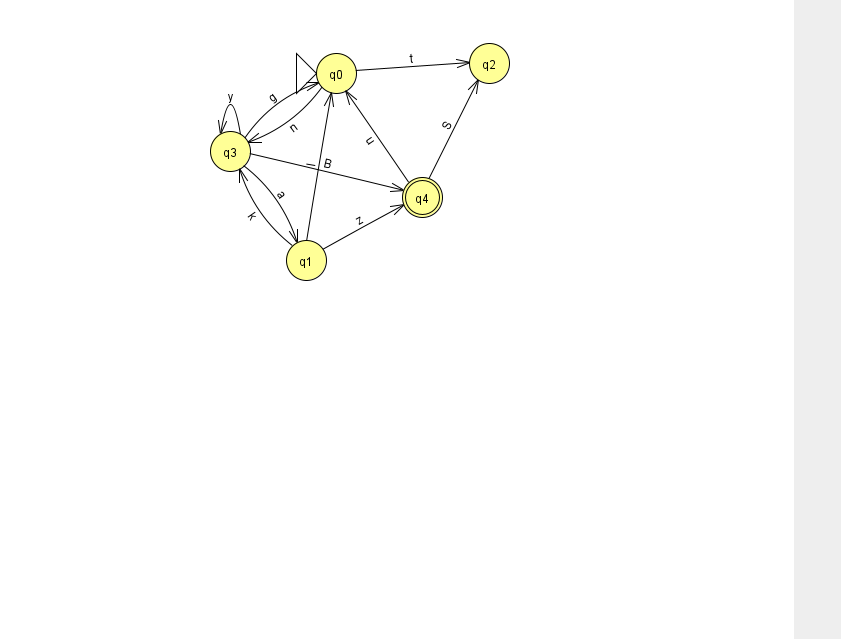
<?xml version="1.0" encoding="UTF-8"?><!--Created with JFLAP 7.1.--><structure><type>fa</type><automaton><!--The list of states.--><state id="0" name="q0"><x>336.0</x><y>60.0</y><initial/></state><state id="1" name="q1"><x>306.0</x><y>247.0</y></state><state id="2" name="q2"><x>489.0</x><y>50.0</y></state><state id="3" name="q3"><x>230.0</x><y>138.0</y></state><state id="4" name="q4"><x>422.0</x><y>184.0</y><final/></state><!--The list of transitions.--><transition><from>1</from><to>0</to><read>I</read></transition><transition><from>4</from><to>0</to><read>u</read></transition><transition><from>0</from><to>2</to><read>t</read></transition><transition><from>1</from><to>3</to><read>k</read></transition><transition><from>4</from><to>2</to><read>S</read></transition><transition><from>1</from><to>4</to><read>z</read></transition><transition><from>3</from><to>4</to><read>B</read></transition><transition><from>3</from><to>0</to><read>g</read></transition><transition><from>3</from><to>1</to><read>a</read></transition><transition><from>3</from><to>3</to><read>y</read></transition><transition><from>0</from><to>3</to><read>n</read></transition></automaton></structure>